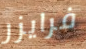
فرايزر